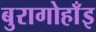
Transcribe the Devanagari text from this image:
बुरागोहाँइ